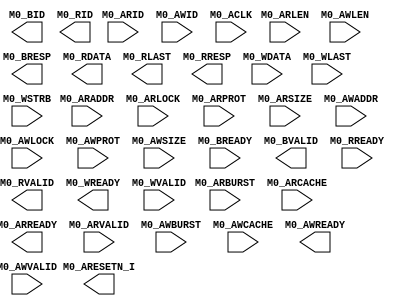
`timescale 1ns/1ps
`celldefine
//
// SOC_FPGA_INTF_AXI_M0 simulation model
// SOC interface connection AXI Master 0
//
// Copyright (c) 2023 Rapid Silicon, Inc.  All rights reserved.
//

module SOC_FPGA_INTF_AXI_M0 (
  input [31:0] M0_ARADDR, // None
  input [1:0] M0_ARBURST, // None
  input [3:0] M0_ARCACHE, // None
  input [3:0] M0_ARID, // None
  input [2:0] M0_ARLEN, // None
  input M0_ARLOCK, // None
  input [2:0] M0_ARPROT, // None
  output M0_ARREADY, // None
  input [2:0] M0_ARSIZE, // None
  input M0_ARVALID, // None
  input [31:0] M0_AWADDR, // None
  input [1:0] M0_AWBURST, // None
  input [3:0] M0_AWCACHE, // None
  input [3:0] M0_AWID, // None
  input [2:0] M0_AWLEN, // None
  input M0_AWLOCK, // None
  input [2:0] M0_AWPROT, // None
  output M0_AWREADY, // None
  input [2:0] M0_AWSIZE, // None
  input M0_AWVALID, // None
  output [3:0] M0_BID, // None
  input M0_BREADY, // None
  output [1:0] M0_BRESP, // None
  output M0_BVALID, // None
  output [63:0] M0_RDATA, // None
  output [3:0] M0_RID, // None
  output M0_RLAST, // None
  input M0_RREADY, // None
  output [1:0] M0_RRESP, // None
  output M0_RVALID, // None
  input [63:0] M0_WDATA, // None
  input M0_WLAST, // None
  output M0_WREADY, // None
  input [7:0] M0_WSTRB, // None
  input M0_WVALID, // None
  input M0_ACLK, // None
  output M0_ARESETN_I // None
);

endmodule
`endcelldefine